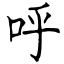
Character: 呼